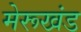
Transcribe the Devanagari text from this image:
मेरूखंड